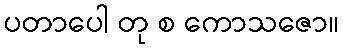
ပတာပေါ တု စ ကောသဇော။